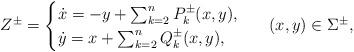
LaTeX: \begin{align*} Z^\pm=\begin{cases} \dot{x}=-y +\sum_{k=2}^{n} P^\pm_k(x,y),\\ \dot{y}=x+\sum_{k=2}^{n} Q^\pm_k(x,y), \end{cases} \ \ (x,y)\in \Sigma^{\pm} ,\end{align*}